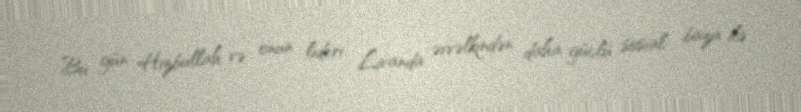
Bu gün Hizbullah və onun lideri Livanda əvvəlkindən daha güclü sosial baza ilə